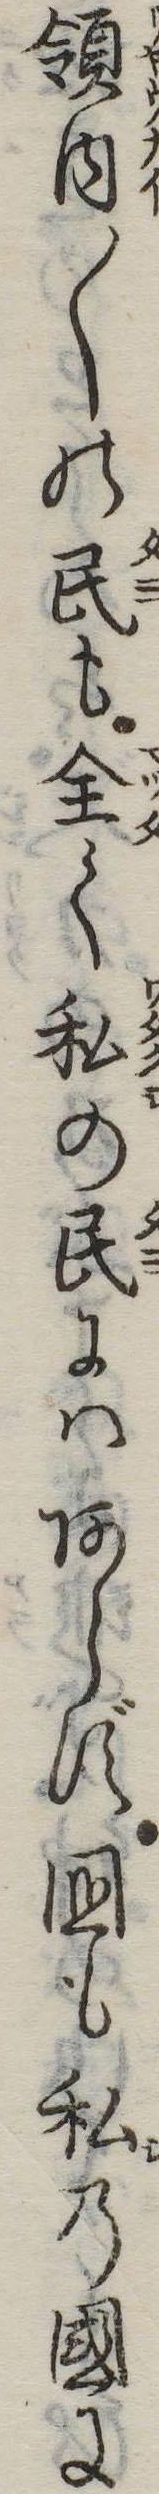
領内〱の民も全く私の民にはあらず国も私の国に